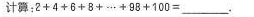
计算：$$2 + 4 + 6 + 8 + … + 9 8 + 1 0 0 = ___$$.